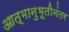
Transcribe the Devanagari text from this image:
आत्मानुभूतीनंतर